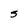
Character: S